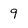
Character: 9